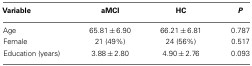
| Variable | aMCI | HC | P |
 | --- | --- | --- | --- |
 | Age | 65.81 ± 6.90 | 66.21 ± 6.81 | 0.787 |
 | Female | 21 (49%) | 24 (56%) | 0.517 |
 | Education (years) | 3.88 ± 2.80 | 4.90 ± 2.76 | 0.093 |